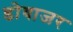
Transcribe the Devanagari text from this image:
डोवाजर